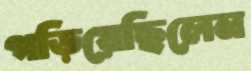
গড়িয়েছিলেন